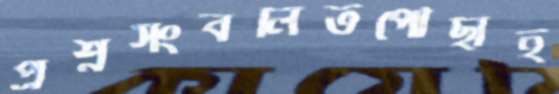
প্রশ্নসংবলিতপৌঁছাই